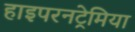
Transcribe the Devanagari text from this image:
हाइपरनट्रेमिया